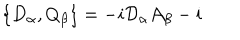
\{ D _ { \alpha } , Q _ { \beta } \} = - i \mathcal { D } _ { \alpha } \mathcal { A } _ { \beta } - i